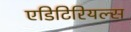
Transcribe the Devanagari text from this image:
एडिटिरियल्स